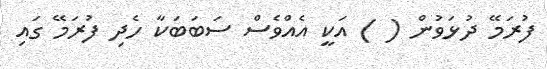
ފުރަމޭ ދުޅަވުން ( ) އަކީ އެއްވެސް ސަބަބަކާ ހެދި ފުރަމޭ ގައި